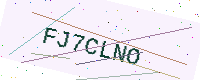
Text: FJ7CLNO